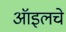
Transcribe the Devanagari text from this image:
ऑइलचे